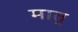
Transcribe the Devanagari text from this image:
मात्